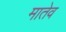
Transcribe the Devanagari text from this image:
मातेव